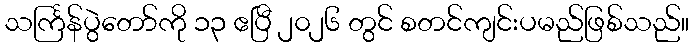
သင်္ကြန်ပွဲတော်ကို ၁၃ ဧပြီ ၂၀၂၆ တွင် စတင်ကျင်းပမည်ဖြစ်သည်။